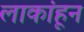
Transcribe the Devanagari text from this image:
लाकांहून